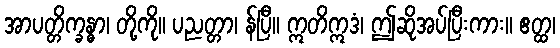
အာပတ္တိက္ခန္ဓာ၊ တို့ကို။ ပညတ္တာ၊ န်ပြီ။ ဣတိဣဒံ၊ ဤဆိုအပ်ပြီးကား။ ဧတ္ထ၊